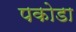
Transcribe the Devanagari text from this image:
पकोडा